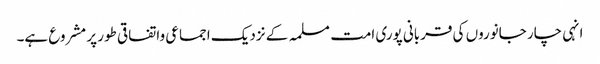
انہی چار جانوروں کی قربانی پوری امت مسلمہ کے نزدیک اجماعی واتفاقی طور پر مشروع ہے۔